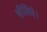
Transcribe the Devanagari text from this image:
श्रीनिधे।